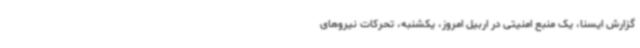
گزارش ایسنا، یک منبع امنیتی در اربیل امروز، یکشنبه، تحرکات نیروهای